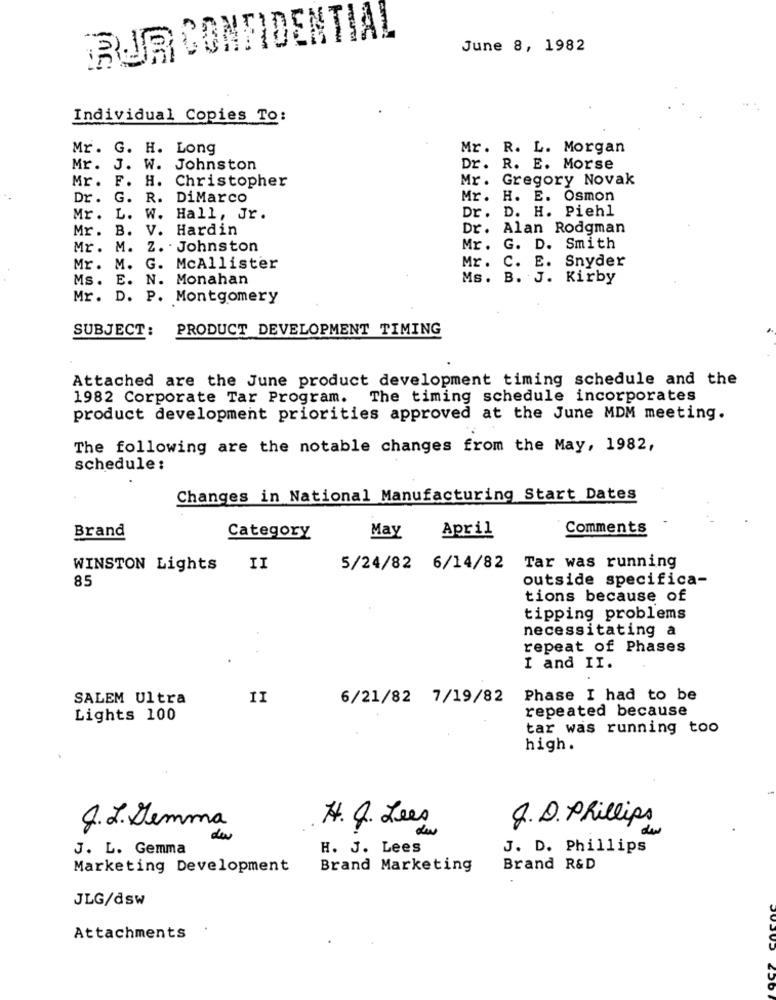
RJR CONFIDENTIAL
June 8, 1982
Individual Copies To:
Mr. G. H. Long
Mr. R. L. Morgan
Mr. J. W. Johnston
Dr.
R. E. Morse
Mr .
Gregory Novak
Mr. F. H. Christopher
Dr. G. R. DiMarco
Mr.
H. E. Osmon
D. H. Piehl
Mr. L. W. Hall, Jr.
Dr.
Mr. B. V. Hardin
Dr.
Alan Rodgman
Mr. M. Z. . Johnston
Mr. G. D. Smith
Mr.
Mr. M. G. McAllister
C. E. Snyder
Ms. E. N. Monahan
Ms. B. J. Kirby
Mr. D. P. Montgomery
SUBJECT:
PRODUCT DEVELOPMENT TIMING
Attached are the June product development timing schedule and the
1982 Corporate Tar Program. The timing schedule incorporates
product development priorities approved at the June MDM meeting.
The following are the notable changes from the May, 1982,
schedule:
Changes in National Manufacturing Start Dates
Brand
April
Comments
Category
May
WINSTON Lights II
5/24/82 6/14/82
Tar was running
85
outside specifica-
tions because of
tipping problems
necessitating a
repeat of Phases
I and II.
SALEM Ultra
6/21/82 7/19/82
Phase I had to be
repeated because
Lights 100
tar was running too
high.
J.J. Hemma
H4. 4. Lees
J.D. Phillips
der
de
J. L. Gemma
H. J. Lees
J. D. Phillips
Marketing Development
Brand Marketing
Brand R&D
JLG/dsw
Attachments